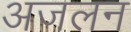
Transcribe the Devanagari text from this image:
अजलन